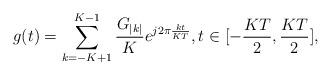
LaTeX: \begin{align*}g(t) = \sum\limits_{k=-K+1}^{K-1}\frac{G_{|k|}}{K} e^{j2\pi \frac{kt}{KT}}, t \in [-\frac{KT}{2},\frac{KT}{2}],\end{align*}